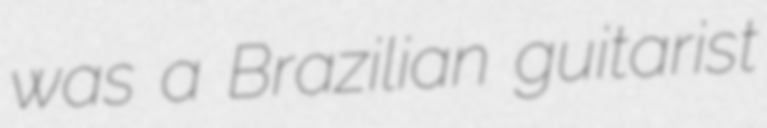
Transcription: was a Brazilian guitarist